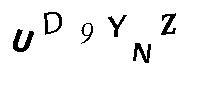
UD9YNZ